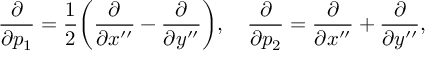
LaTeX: { \frac { \partial } { \partial p _ { 1 } } } = { \frac { 1 } { 2 } } \biggl ( { \frac { \partial } { \partial x ^ { \prime \prime } } } - { \frac { \partial } { \partial y ^ { \prime \prime } } } \biggr ) , \quad { \frac { \partial } { \partial p _ { 2 } } } = { \frac { \partial } { \partial x ^ { \prime \prime } } } + { \frac { \partial } { \partial y ^ { \prime \prime } } } ,